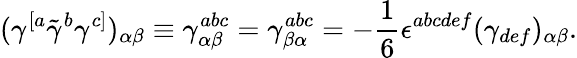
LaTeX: (\gamma^{[a}\tilde{\gamma}^{b}\gamma^{c]})_{\alpha\beta}\equiv\gamma_{\alpha\beta}^{abc}=\gamma_{\beta\alpha}^{abc}=-{\frac{1}{6}}\epsilon^{abcdef}(\gamma_{def})_{\alpha\beta}.